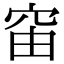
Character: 𥥉